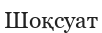
Шоқсуат